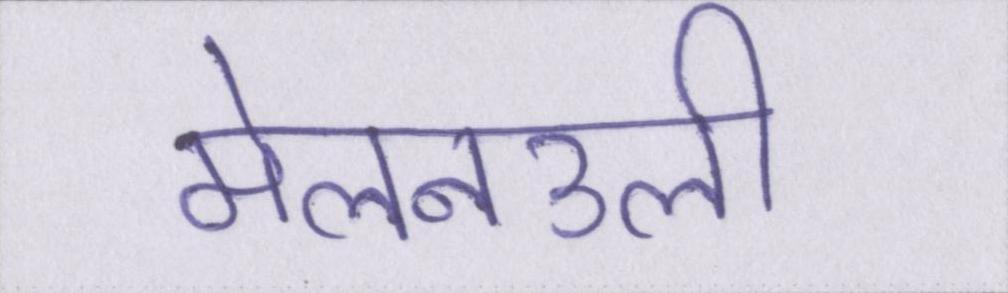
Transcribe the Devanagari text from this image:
मेलनउली